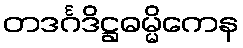
တဒင်္ဂဒိဋ္ဌဓမ္မိကေန